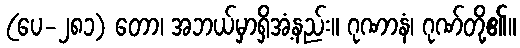
(ပေ-၂၈၁) တော၊ အဘယ်မှာရှိအံ့နည်း။ ဂုဏာနံ၊ ဂုဏ်တို့၏။